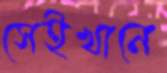
সেইখানে